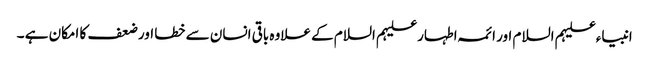
انبیاء علیہم السلام اور ائمہ اطہار علیہم السلام کے علاوہ باقی انسان سے خطا اور ضعف کا امکان ہے ۔